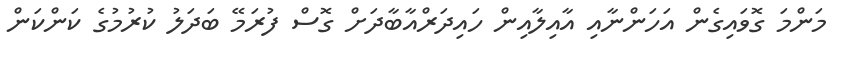
މަންމަ ގޮވައިގެން އަހަންނާއި އާއިލާއިން ހައިދަރްއާބާދަށް ގޮސް ފުރަމޭ ބަދަލު ކުރުމުގެ ކަންކަން